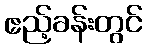
ဧည့်ခန်းတွင်